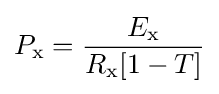
P_{\text{x}}={\frac {E_{\text{x}}}{R_{\text{x}}[1-T]}}